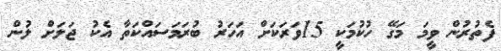
ފެތުރުން ވީމަ މަގޭ ހުކުމަކީ 15ވަރަކަށް އަހަރު ބުރަމަސައްކަތާ އެކު ޖަލަށް ލުން